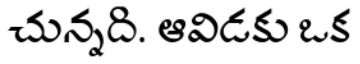
చున్నది. ఆవిడకు ఒక